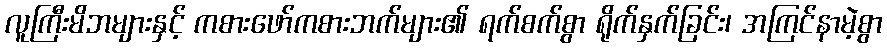
လူကြီးမိဘများနှင့် ကစားဖော်ကစားဘက်များ၏ ရက်စက်စွာ ရိုက်နှက်ခြင်း၊ အကြင်နာမဲ့စွာ